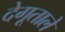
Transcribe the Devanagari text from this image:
देगूताले